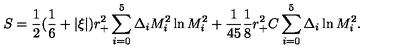
S = { \frac { 1 } { 2 } } ( { \frac { 1 } { 6 } } + | \xi | ) r _ { + } ^ { 2 } \sum _ { i = 0 } ^ { 5 } \Delta _ { i } M _ { i } ^ { 2 } \ln M _ { i } ^ { 2 } + { \frac { 1 } { 4 5 } } { \frac { 1 } { 8 } } r _ { + } ^ { 2 } C \sum _ { i = 0 } ^ { 5 } \Delta _ { i } \ln M _ { i } ^ { 2 } .